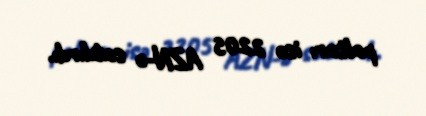
paltarı isə 2205 AZN-ə satılırdı.